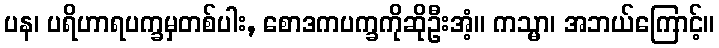
ပန၊ ပရိဟာရပက္ခမှတစ်ပါး, စောဒကပက္ခကိုဆိုဦးအံ့။ ကသ္မာ၊ အဘယ်ကြောင့်။